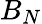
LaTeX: B_{N}